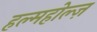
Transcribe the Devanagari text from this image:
हल्महोल्ज़